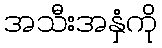
အသီးအနှံကို